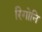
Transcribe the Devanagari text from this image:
रिगोनि